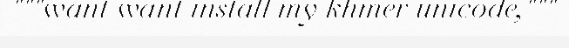
"""want want install my khmer unicode,"""